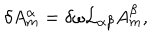
\delta A _ { m } ^ { \alpha } = \delta \omega { \cal L } _ { \alpha \beta } A _ { m } ^ { \beta } ,